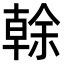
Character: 𠏉